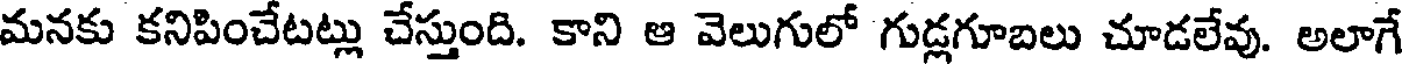
మనకు కనిపించేటట్లు చేస్తుంది. కాని ఆ వెలుగులో గుడ్లగూబలు చూడలేవు. అలాగే